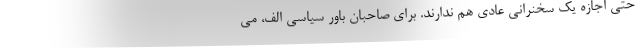
حتی اجازه یک سخنرانی عادی هم ندارند. برای صاحبان باور سیاسی الف، می